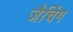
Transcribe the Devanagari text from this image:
जैचिंग